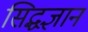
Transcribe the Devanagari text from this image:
सिद्धज्ञान